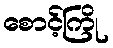
စောင့်ကြို